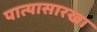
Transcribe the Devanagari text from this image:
पात्यासारखा